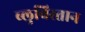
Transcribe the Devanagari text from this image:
ब्लुचिस्तान